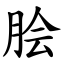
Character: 脍